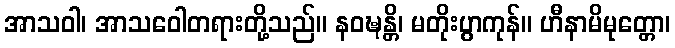
အာသဝါ၊ အာသဝေါတရားတို့သည်။ နဝဍ္ဎန္တိ၊ မတိုးပွာကုန်။ ဟီနာမိမုတ္တော၊